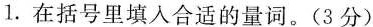
1.在括号里填入合适的量词。(3分)